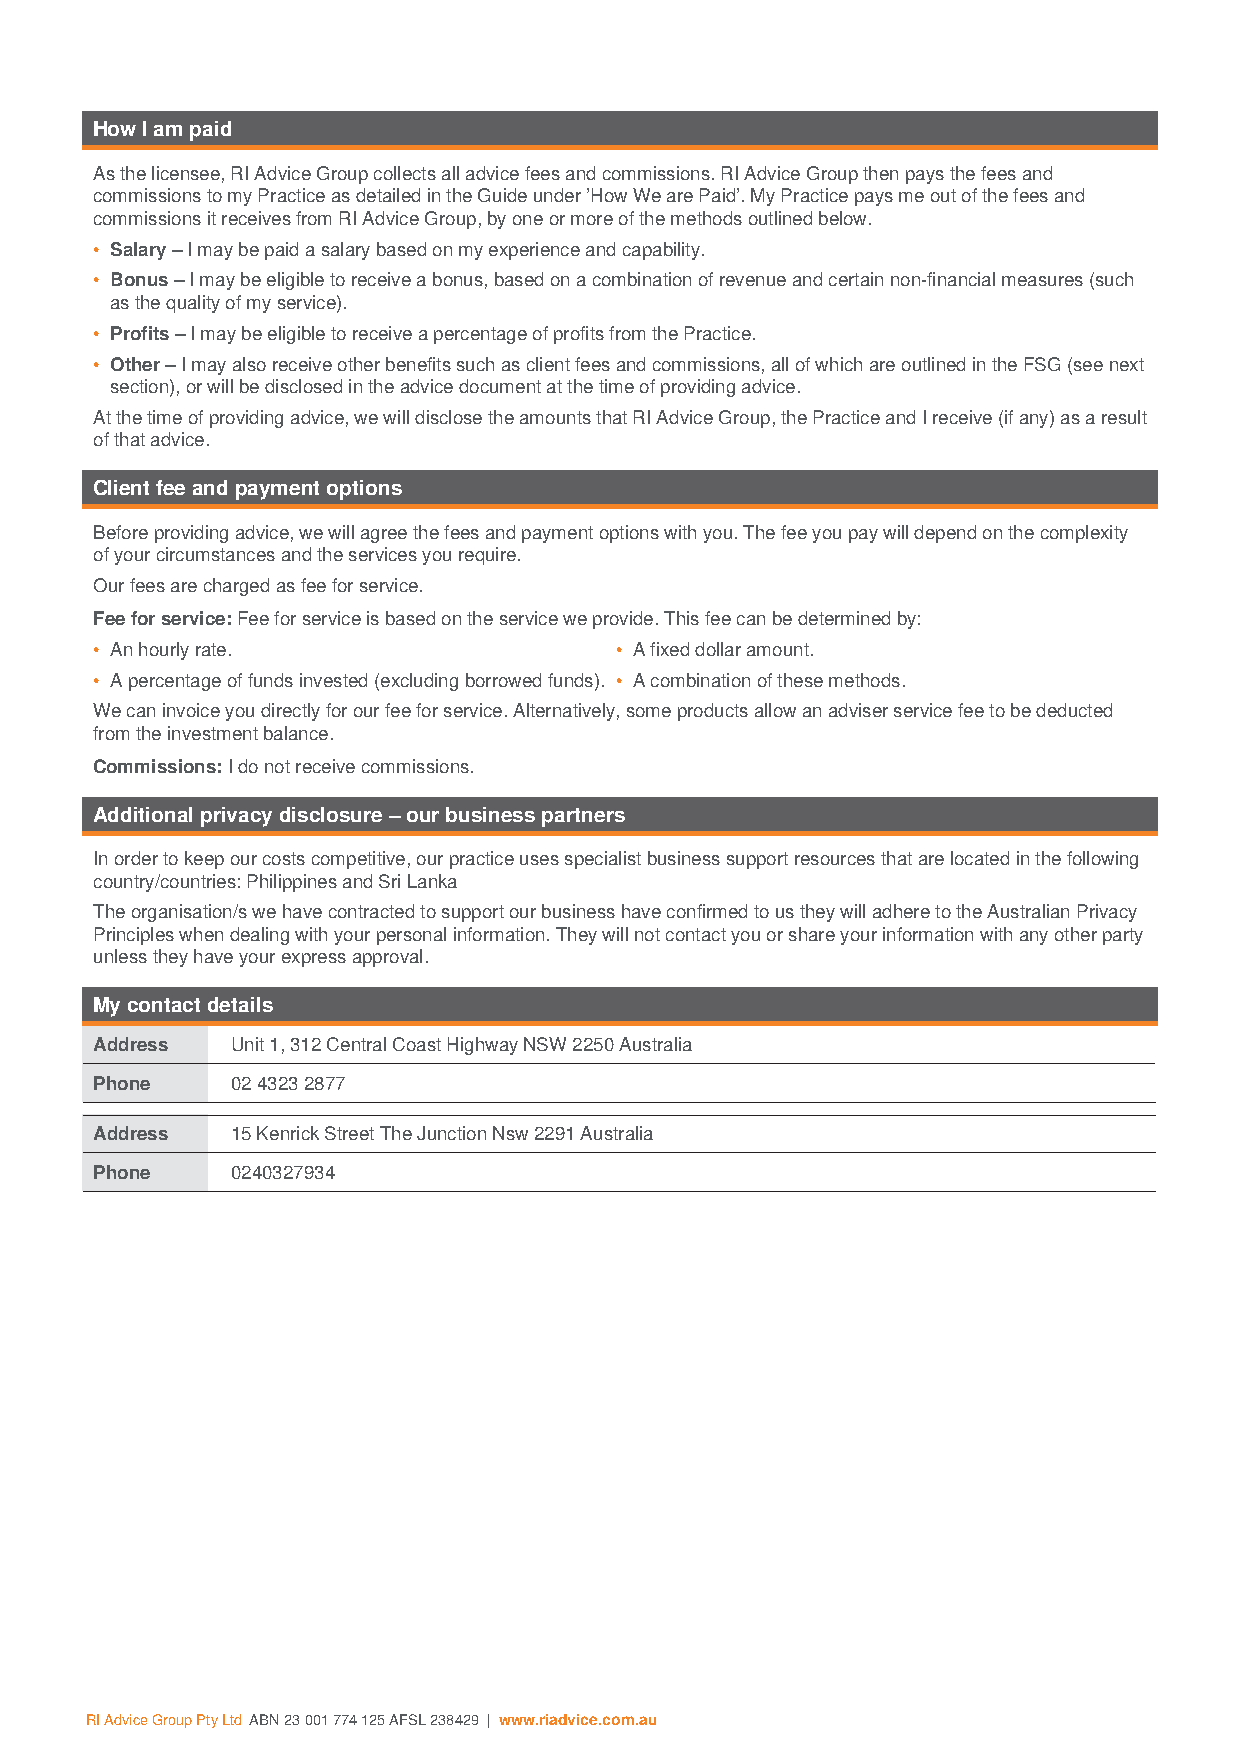
How I am paid
 As the licensee, RI Advice Group collects all advice fees and commissions. RI Advice Group then pays the fees and
 commissions to my Practice as detailed in the Guide under ’How We are Paid’. My Practice pays me out of the fees and
 commissions it receives from RI Advice Group, by one or more of the methods outlined below.
 • Salary – I may be paid a salary based on my experience and capability.
 • Bonus – I may be eligible to receive a bonus, based on a combination of revenue and certain non-financial measures (such
 as the quality of my service).
 • Profits – I may be eligible to receive a percentage of profits from the Practice.
 • Other – I may also receive other benefits such as client fees and commissions, all of which are outlined in the FSG (see next
 section), or will be disclosed in the advice document at the time of providing advice.
 At the time of providing advice, we will disclose the amounts that RI Advice Group, the Practice and I receive (if any) as a result
 of that advice.
 Client fee and payment options
 Before providing advice, we will agree the fees and payment options with you. The fee you pay will depend on the complexity
 of your circumstances and the services you require.
 Our fees are charged as fee for service.
 Fee for service: Fee for service is based on the service we provide. This fee can be determined by:
 • An hourly rate.                  • A fixed dollar amount.
 • A percentage of funds invested (excluding borrowed funds). • A combination of these methods.
 We can invoice you directly for our fee for service. Alternatively, some products allow an adviser service fee to be deducted
 from the investment balance.
 Commissions: I do not receive commissions.
 Additional privacy disclosure – our business partners
 In order to keep our costs competitive, our practice uses specialist business support resources that are located in the following
 country/countries: Philippines and Sri Lanka
 The organisation/s we have contracted to support our business have confirmed to us they will adhere to the Australian Privacy
 Principles when dealing with your personal information. They will not contact you or share your information with any other party
 unless they have your express approval.
 My contact details
 Address  Unit 1, 312 Central Coast Highway NSW 2250 Australia
 Phone    02 4323 2877
 Address  15 Kenrick Street The Junction Nsw 2291 Australia
 Phone    0240327934
 RI Advice Group Pty Ltd ABN 23 001 774 125 AFSL 238429 | www.riadvice.com.au